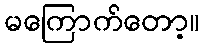
မကြောက်တော့။